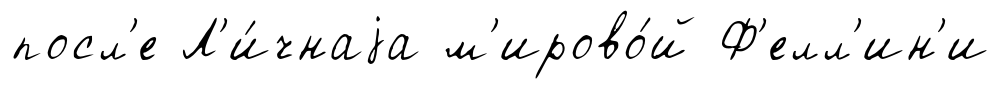
посл'е Л'и́чнаjа м'ирово́й Ф'елл'ин'и